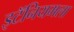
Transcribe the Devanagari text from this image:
इटॅनियमला